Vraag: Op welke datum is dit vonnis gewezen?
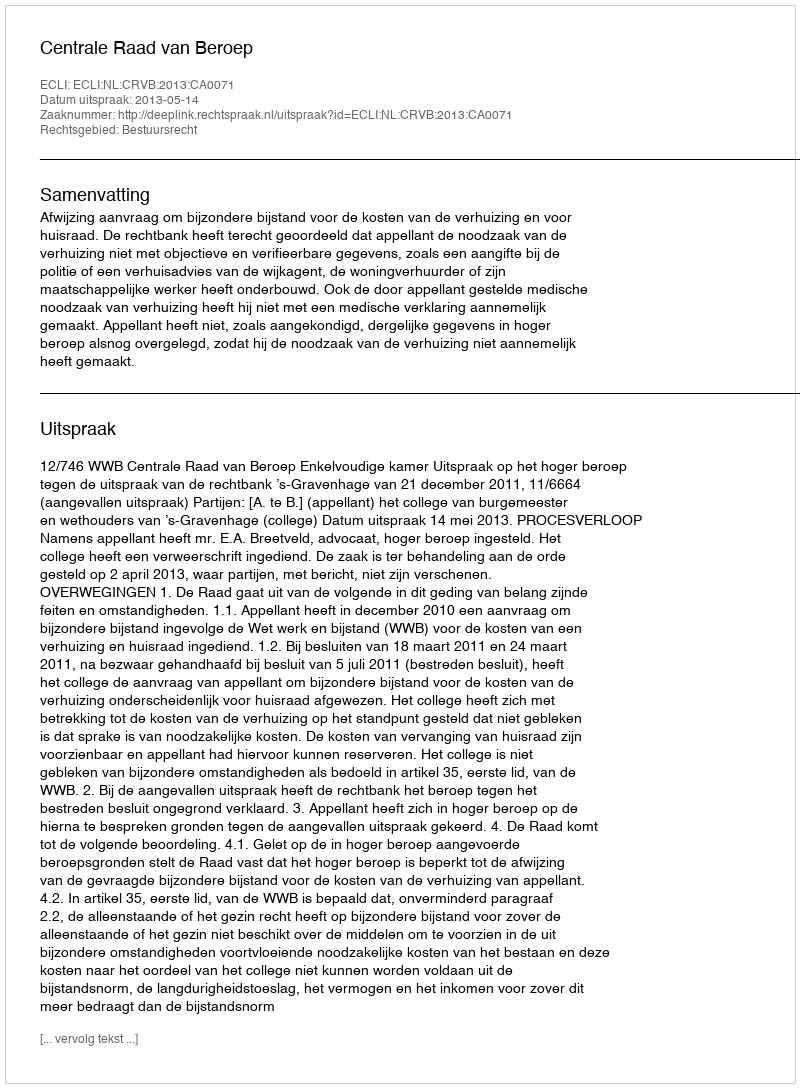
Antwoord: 2013-05-14